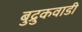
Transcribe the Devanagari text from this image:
बुद्रुकवाडी